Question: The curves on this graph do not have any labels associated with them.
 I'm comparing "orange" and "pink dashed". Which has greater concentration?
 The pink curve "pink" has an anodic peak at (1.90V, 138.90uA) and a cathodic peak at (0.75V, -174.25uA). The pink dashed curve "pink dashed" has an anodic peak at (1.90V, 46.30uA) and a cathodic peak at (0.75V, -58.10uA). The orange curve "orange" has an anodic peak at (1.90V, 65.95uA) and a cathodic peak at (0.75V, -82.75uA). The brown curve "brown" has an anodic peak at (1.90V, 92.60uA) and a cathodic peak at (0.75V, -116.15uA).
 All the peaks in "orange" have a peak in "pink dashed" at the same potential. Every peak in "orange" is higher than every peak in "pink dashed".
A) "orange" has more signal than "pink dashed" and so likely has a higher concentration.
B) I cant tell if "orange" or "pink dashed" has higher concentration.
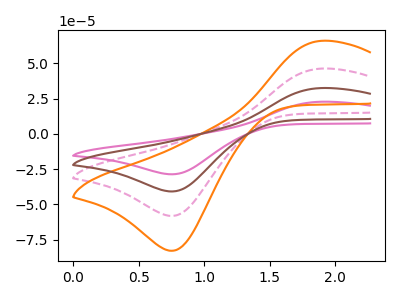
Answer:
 <answer>A) "orange" has more signal than "pink dashed" and so likely has a higher concentration.</answer>
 <eval>A</eval>